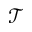
\mathcal T